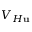
V _ { H \mathbf { u } }